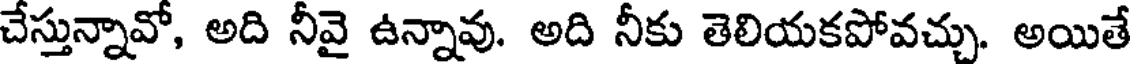
చేస్తున్నావో, అది నీవై ఉన్నావు. అది నీకు తెలియకపోవచ్చు. అయితే